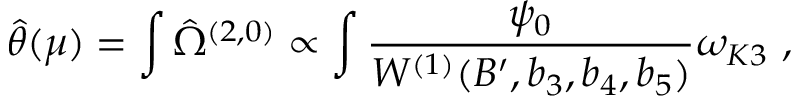
\hat { \theta } ( \mu ) = \int \hat { \Omega } ^ { ( 2 , 0 ) } \propto \int \frac { \psi _ { 0 } } { W ^ { ( 1 ) } ( B ^ { \prime } , b _ { 3 } , b _ { 4 } , b _ { 5 } ) } \omega _ { K 3 } \ ,